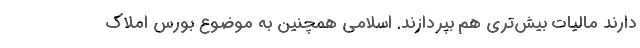
دارند مالیات بیش‌تری هم بپردازند. اسلامی همچنین به موضوع بورس املاک